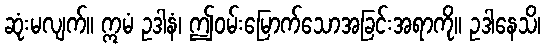
ဆုံးမလျက်။ ဣမံ ဥဒါနံ၊ ဤဝမ်းမြောက်သောအခြင်းအရာကို။ ဥဒါနေသိ၊